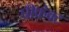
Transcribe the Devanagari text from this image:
प्रीफ़ेक्ट